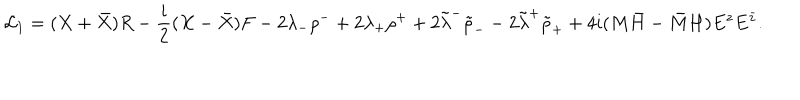
LaTeX: { \cal L } _ { 1 } = ( X + \bar { X } ) R - { \frac { i } { 2 } } ( X - \bar { X } ) F - 2 \lambda _ { - } \rho ^ { - } + 2 \lambda _ { + } \rho ^ { + } + 2 \tilde { \lambda } ^ { - } { \tilde { \rho } } _ { -- } 2 \tilde { \lambda } ^ { + } { \tilde { \rho } } _ { + } + 4 i ( M \bar { H } - \bar { M } H ) E ^ { z } E ^ { \bar { z } } .